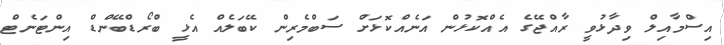
އިސްމާއިލް ވިދާޅުވީ ރާއްޖޭގެ އެއްކޮޅުން އަނެއްކޮޅަށް ސަބްމެރިން ކޭބަލެއް އެޅީ ބްރޯޑްބޭންޑް އިންޓަނެޓް